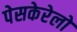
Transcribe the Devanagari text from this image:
पेसकेरेलो